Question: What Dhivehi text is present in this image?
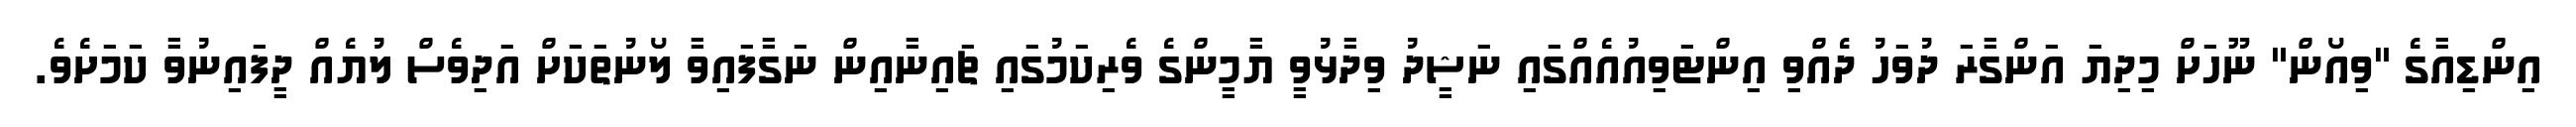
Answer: އިންޑިއާގެ "ވިއޯން" ނޫހަށް މިދިޔަ އަންގާރަ ދުވަހު ދެއްވި އިންޓަވިއުއެއްގައި ނަޝީދު ވިދާޅުވީ ޔާމީންގެ ވެރިކަމުގައި ޗައިނާއިން ނަގާފައިވާ ލޯނުތަކަށް އަދިވެސް ލުޔެއް ދީފައިނުވާ ކަމަށެވެ.